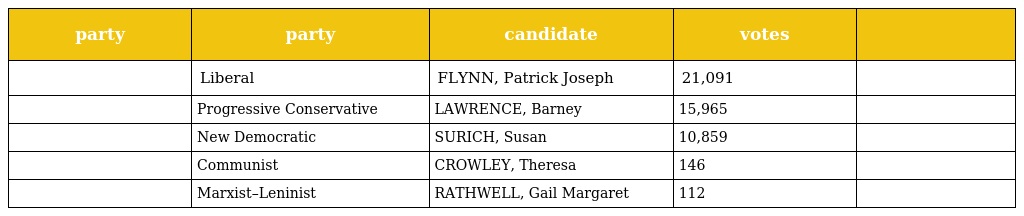
| party | party | candidate | votes |  |
 | --- | --- | --- | --- | --- |
 |  | Liberal | FLYNN, Patrick Joseph | 21,091 |  |
 |  | Progressive Conservative | LAWRENCE, Barney | 15,965 |  |
 |  | New Democratic | SURICH, Susan | 10,859 |  |
 |  | Communist | CROWLEY, Theresa | 146 |  |
 |  | Marxist–Leninist | RATHWELL, Gail Margaret | 112 |  |